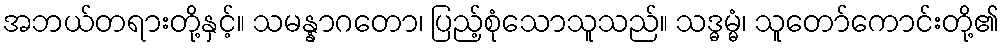
အဘယ်တရားတို့နှင့်။ သမန္နာဂတော၊ ပြည့်စုံသောသူသည်။ သဒ္ဓမ္မံ၊ သူတော်ကောင်းတို့၏